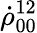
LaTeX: \dot{\rho}_{00}^{12}